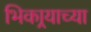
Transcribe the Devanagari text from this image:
भिकार्‍याच्या